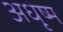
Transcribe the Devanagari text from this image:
अधृष्म